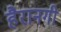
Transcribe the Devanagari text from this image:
हैरानगी